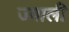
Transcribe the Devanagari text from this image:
ज्वाली